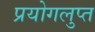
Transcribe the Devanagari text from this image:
प्रयोगलुप्त